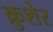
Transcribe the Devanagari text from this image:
क्रुशेर